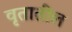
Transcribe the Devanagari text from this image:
वृतातील